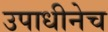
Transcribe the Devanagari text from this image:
उपाधीनेच